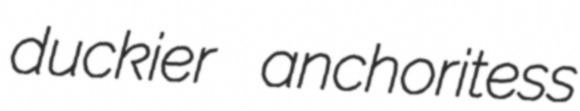
duckier anchoritess